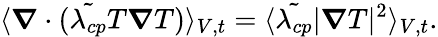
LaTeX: \langle\boldsymbol{\nabla}\cdot(\tilde{\lambda_{cp}}T\boldsymbol{\nabla}T)\rangle_{V,t}=\langle\tilde{\lambda_{cp}}|\boldsymbol{\nabla}T|^{2}\rangle_{V,t}.